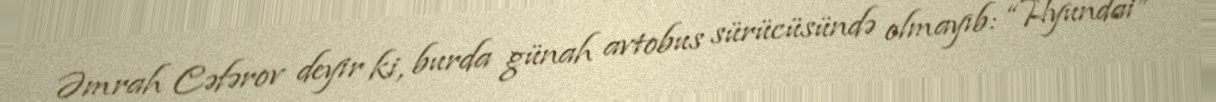
Əmrah Cəfərov deyir ki, burda günah avtobus sürücüsündə olmayıb: “Hyundai”